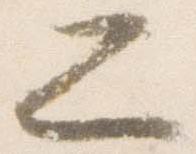
二